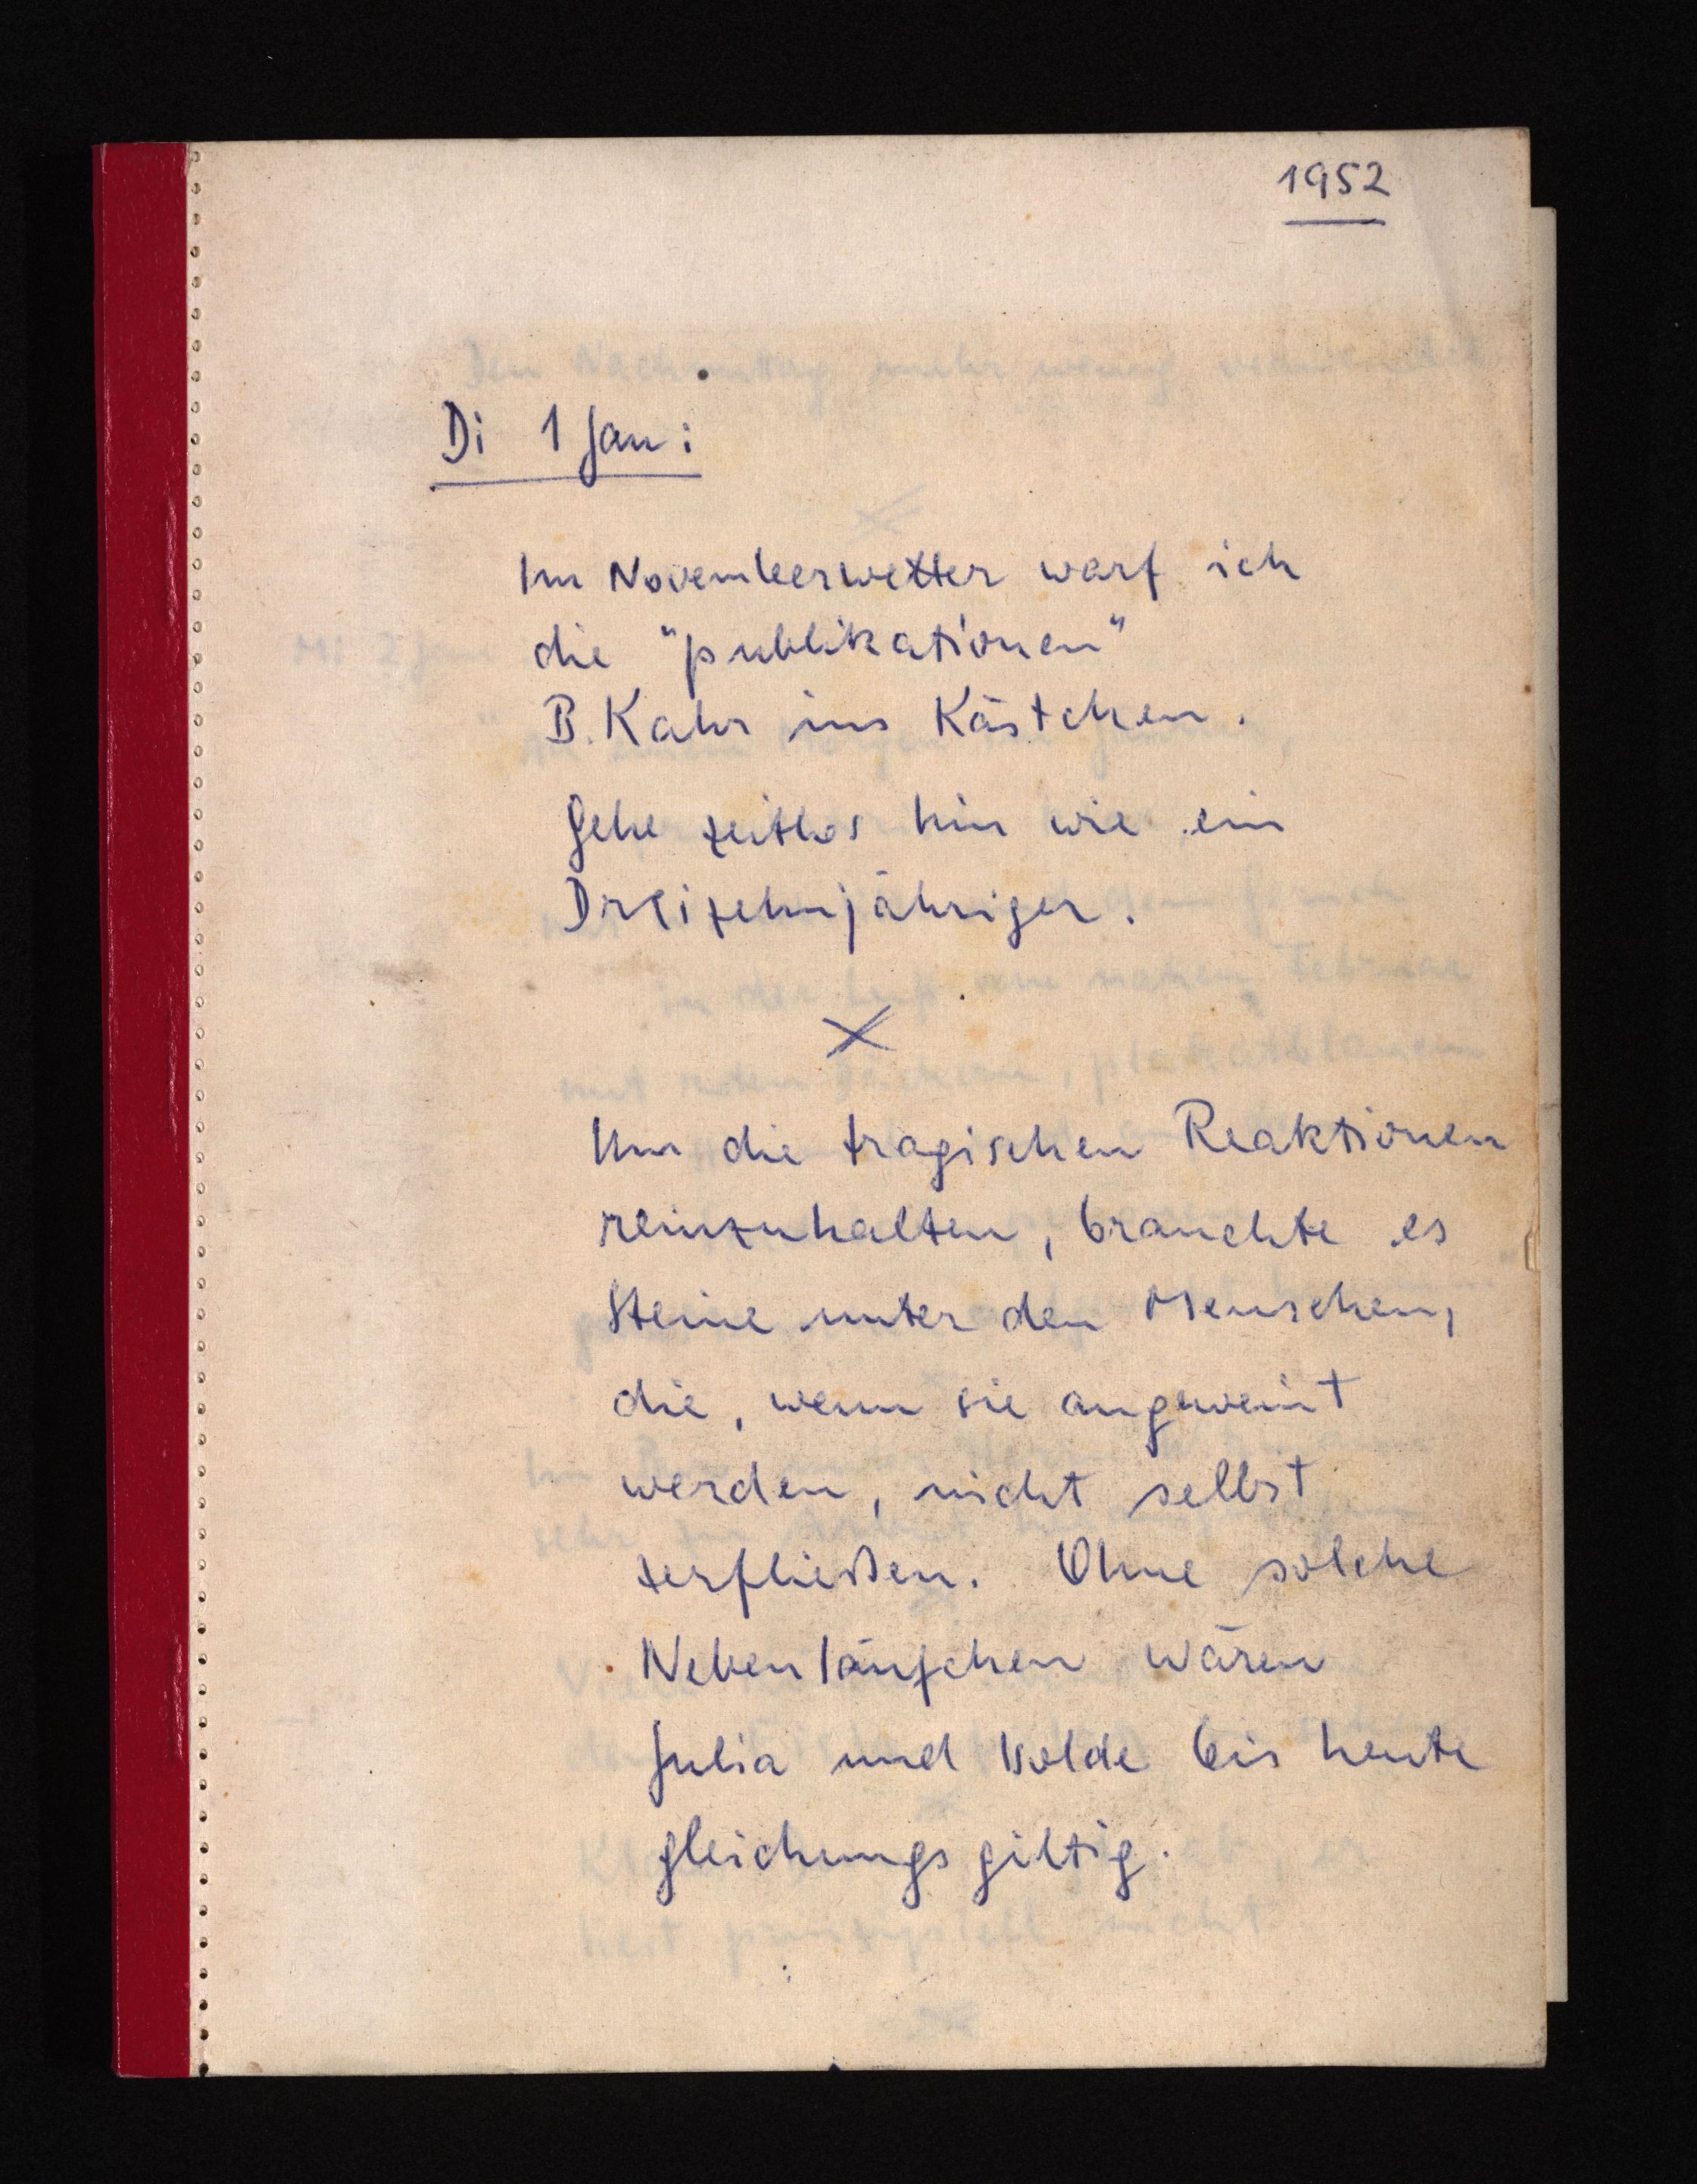
1952
Di 1 Jan:
Im Novemberwetter warf ich
die "publikationen"
B. Kahr ins Kästchen.
Gehe zeitlos hin wie ein
Dreizehnjähriger.
Um die tragischen Reaktionen
reinzuhalten, brauchte es
Steine unter den Menschen,
die, wenn sie angeweint
werden, nicht selbst
zerfließen. Ohne solche
Nebenläufchen wären
Julia und Isolde bis heute
gleichungs giltig.